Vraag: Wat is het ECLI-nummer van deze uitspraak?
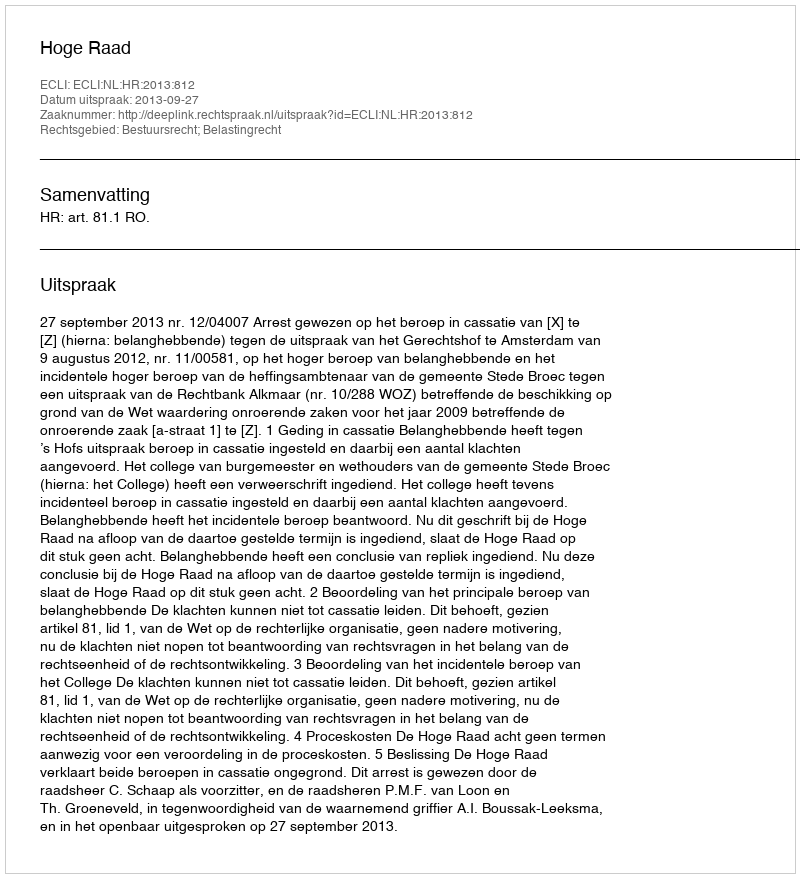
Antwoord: ECLI:NL:HR:2013:812